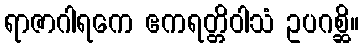
ရာဇာဂါရကေ ဧကရတ္တိဝါသံ ဥပဂစ္ဆိ။